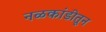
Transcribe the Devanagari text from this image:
नळकांडीतून